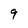
Character: 9